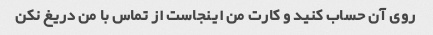
روی آن حساب کنید و کارت من اینجاست از تماس با من دریغ نکن